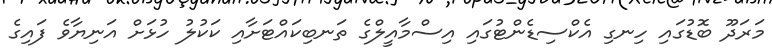
މަރަދޫ ބޮޑުގައި ހިނގި އެކްސިޑެންޓުގައި އިސްމާއީލްގެ ތަނބިކައްޓަށާއި ކަކުލު ހުޅަށް އަނިޔާވެ ފައިގެ